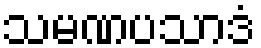
သမဏပသာဒံ